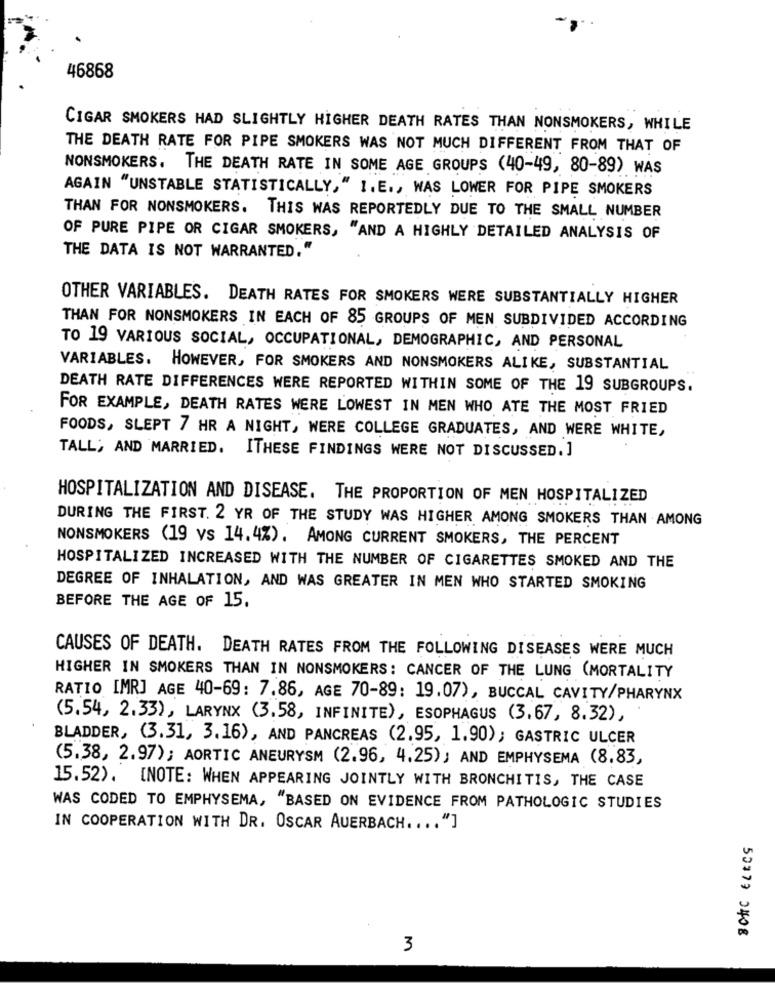
46868
CIGAR SMOKERS HAD SLIGHTLY HIGHER DEATH RATES THAN NONSMOKERS, WHILE
THE DEATH RATE FOR PIPE SMOKERS WAS NOT MUCH DIFFERENT FROM THAT OF
NONSMOKERS. THE DEATH RATE IN SOME AGE GROUPS (40-49, 80-89) WAS
AGAIN "UNSTABLE STATISTICALLY," I.E ., WAS LOWER FOR PIPE SMOKERS
THAN FOR NONSMOKERS. THIS WAS REPORTEDLY DUE TO THE SMALL NUMBER
OF PURE PIPE OR CIGAR SMOKERS, "AND A HIGHLY DETAILED ANALYSIS OF
THE DATA IS NOT WARRANTED."
OTHER VARIABLES. DEATH RATES FOR SMOKERS WERE SUBSTANTIALLY HIGHER
THAN FOR NONSMOKERS IN EACH OF 85 GROUPS OF MEN SUBDIVIDED ACCORDING
TO 19 VARIOUS SOCIAL, OCCUPATIONAL, DEMOGRAPHIC, AND PERSONAL
VARIABLES. HOWEVER, FOR SMOKERS AND NONSMOKERS ALIKE, SUBSTANTIAL
DEATH RATE DIFFERENCES WERE REPORTED WITHIN SOME OF THE 19 SUBGROUPS.
FOR EXAMPLE, DEATH RATES WERE LOWEST IN MEN WHO ATE THE MOST FRIED
FOODS, SLEPT 7 HR A NIGHT, WERE COLLEGE GRADUATES, AND WERE WHITE,
TALL, AND MARRIED. ITHESE FINDINGS WERE NOT DISCUSSED. ]
HOSPITALIZATION AND DISEASE. THE PROPORTION OF MEN HOSPITALIZED
DURING THE FIRST. 2 YR OF THE STUDY WAS HIGHER AMONG SMOKERS THAN AMONG
NONSMOKERS (19 vs 14.4%). AMONG CURRENT SMOKERS, THE PERCENT
HOSPITALIZED INCREASED WITH THE NUMBER OF CIGARETTES SMOKED AND THE
DEGREE OF INHALATION, AND WAS GREATER IN MEN WHO STARTED SMOKING
BEFORE THE AGE OF 15.
CAUSES OF DEATH. DEATH RATES FROM THE FOLLOWING DISEASES WERE MUCH
HIGHER IN SMOKERS THAN IN NONSMOKERS: CANCER OF THE LUNG (MORTALITY
RATIO IMR] AGE 40-69: 7.86, AGE 70-89: 19.07), BUCCAL CAVITY/PHARYNX
(5.54, 2.33), LARYNX (3.58, INFINITE), ESOPHAGUS (3.67, 8.32),
BLADDER, (3.31, 3.16), AND PANCREAS (2.95, 1.90); GASTRIC ULCER
(5.38, 2.97); AORTIC ANEURYSM (2.96, 4.25); AND EMPHYSEMA (8.83,
15.52). [NOTE: WHEN APPEARING JOINTLY WITH BRONCHITIS, THE CASE
WAS CODED TO EMPHYSEMA, "BASED ON EVIDENCE FROM PATHOLOGIC STUDIES
IN COOPERATION WITH DR. OSCAR AUERBACH .... "]
BONC ELECS
3